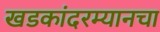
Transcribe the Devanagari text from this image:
खडकांदरम्यानचा